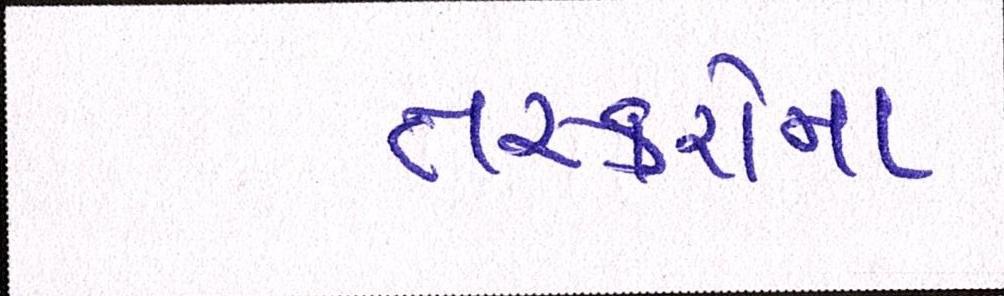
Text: તસ્કરોના